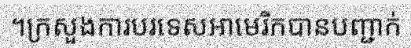
។ក្រសួងការបរទេសអាមេរិកបានបញ្ជាក់